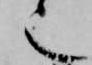
也